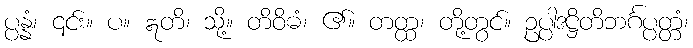
ပ္ပန္နံ၊ ၎င်း။ ပ။ ဣတိ၊ သို့။ တိဝိဓံ၊ ၏။ တတ္ထ၊ တို့တွင်။ ဥပ္ပါဒဋ္ဌိတိဘင်္ဂပ္ပတ္တံ၊